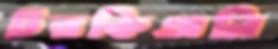
টরকিঅনি